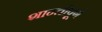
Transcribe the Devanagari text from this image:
शान्तीपूर्ण